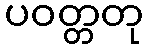
ပဝတ္တတု